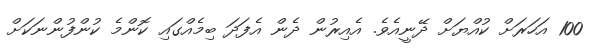
100 އަހަރަށް ކުއްޔަށް ދޭނީއެވެ. އެއިރުން ދެން އެފަދަ ބިމެއްގައި ކޮންމެ ކުންފުންނަަކަށް